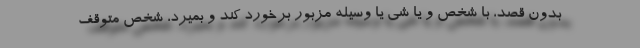
بدون قصد، با شخص و یا شی یا وسیله مزبور برخورد کند و بمیرد، شخص متوقف